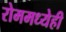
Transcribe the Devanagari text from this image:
रोममध्येही